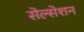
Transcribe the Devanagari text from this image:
सेल्सेशन